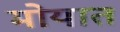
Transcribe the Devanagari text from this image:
मोयात